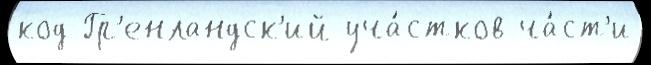
код Гр'енландск'ий уча́стков ча́ст'и